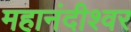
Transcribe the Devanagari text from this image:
महानंदीश्‍वर